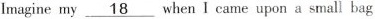
Imagine my \underline{18} when I came upon a small bag